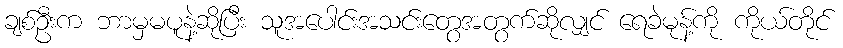
ချစ်ဦးက ဘာမှမပူနဲ့ဆိုပြီး သူအပေါင်းအသင်းတွေအတွက်ဆိုလျှင် ရေခဲမုန့်ကို ကိုယ်တိုင်